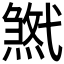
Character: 𢎓